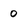
Character: 0